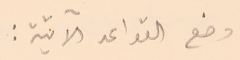
وضع القواعد الآتية: